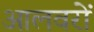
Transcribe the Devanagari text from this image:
आलवरों